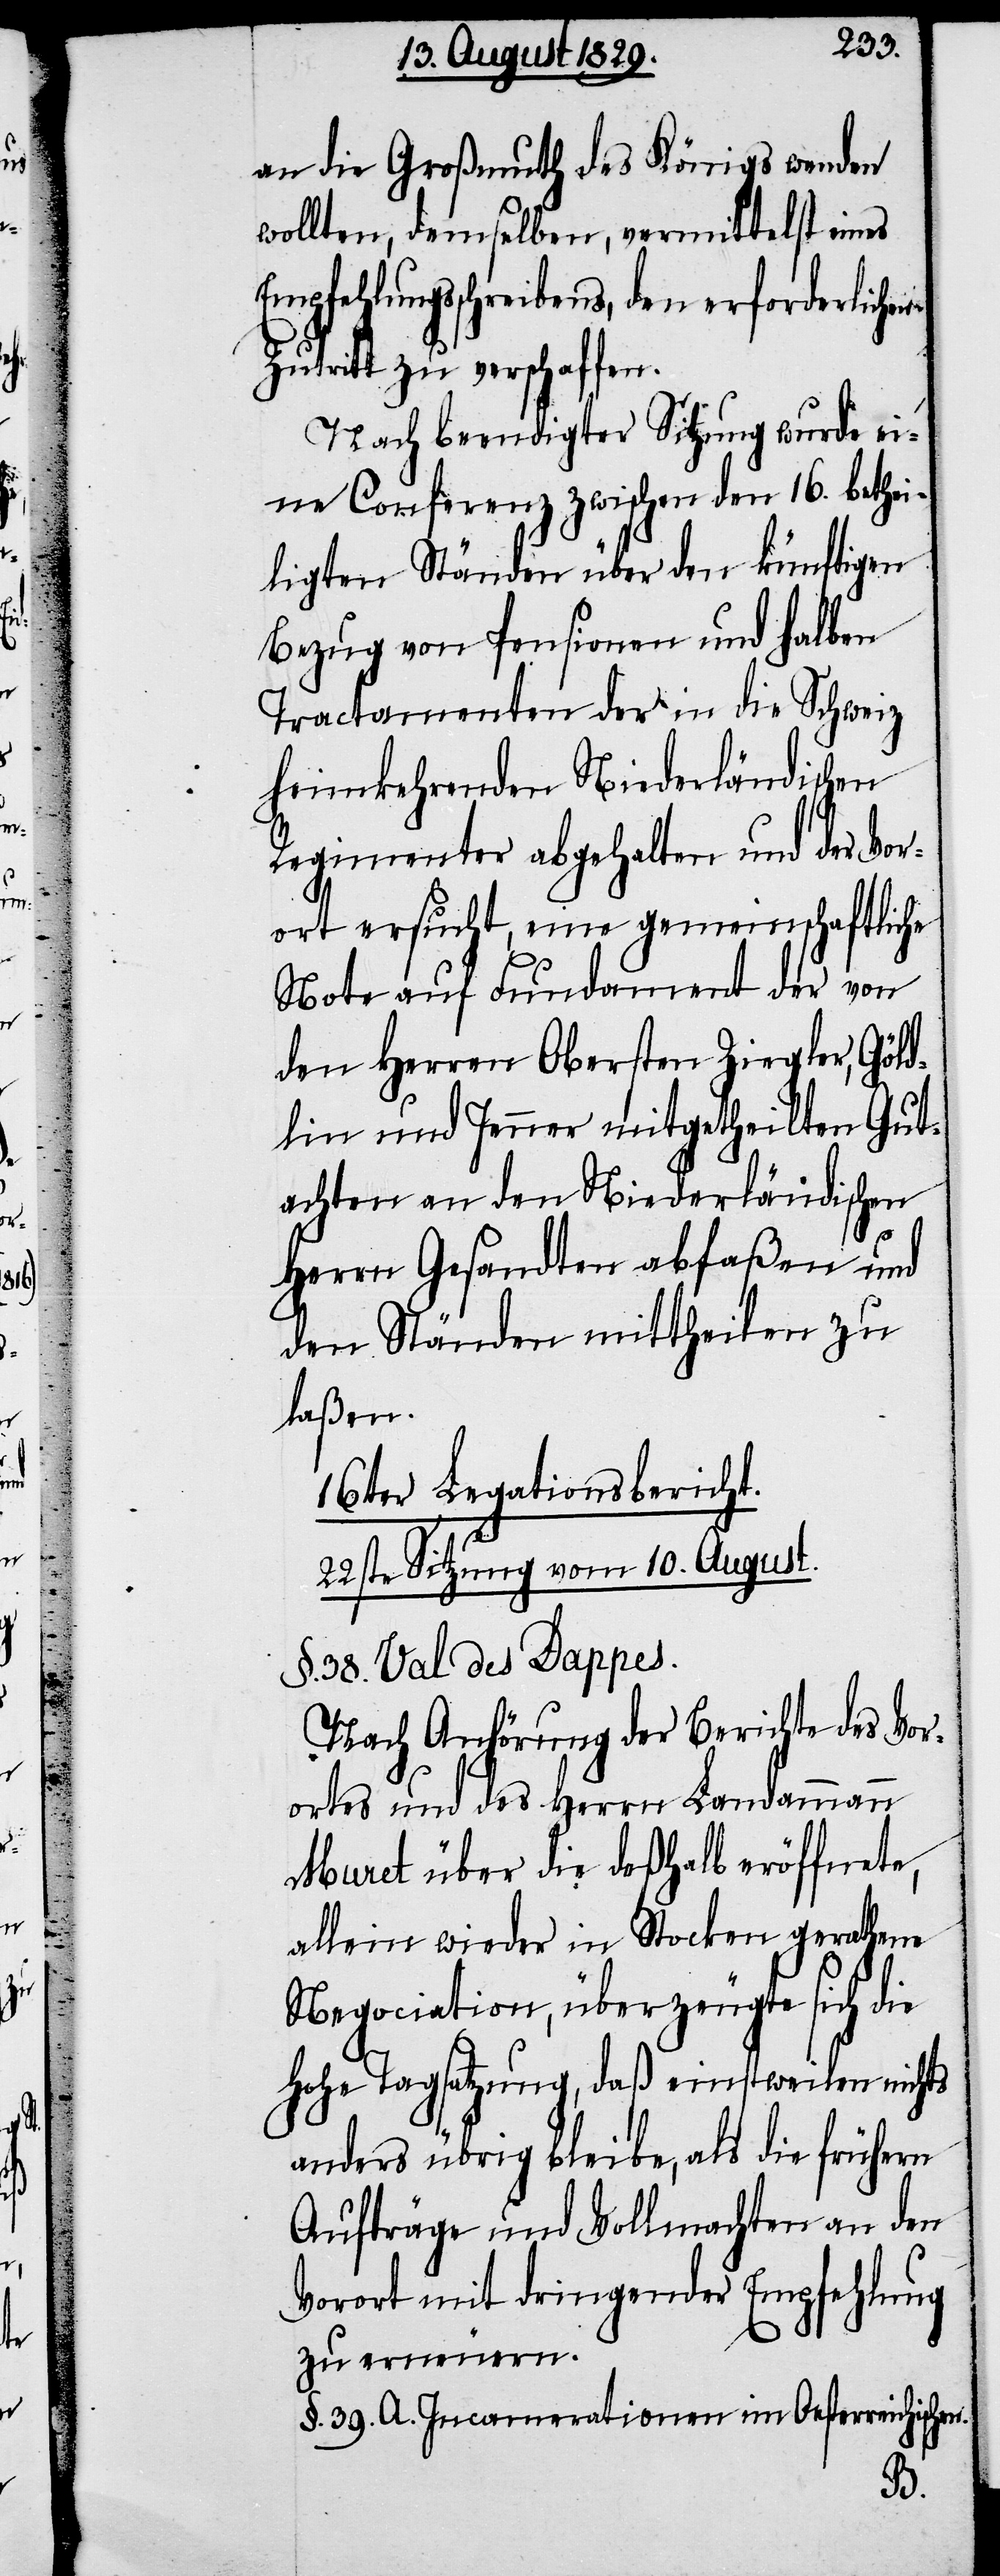
an die Großmuth des Königs wenden
wollten, demselben, vermittelst eines
Empfehlungsschreibens, den erforderlichen
Zutritt zu verschaffen.
Nach beendigter Sitzung wurde ei¬
ne Conferenz zwischen den 16. bethei¬
ligten Ständen über den künftigen
Bezug von Pensionen und halben
Tractamenten der in die Schweiz
heimkehrenden Niederländischen
Regimenter abgehalten und der Vor¬
ort ersucht, eine gemeinschaftliche
Note auf Fundament der von
den Herren Obersten Ziegler, Göld¬
lin und Jenner mitgetheilten Gut¬
achten an den Niederländischen
Herrn Gesandten abfaßen und
den Ständen mittheilen zu
lasen.
16ter Legationsbericht.
22ste Sitzung vom 10. August.
§. 38. Val des Dappes.
Nach Anhörung der Berichte des Vor¬
ortes und des Herrn Landammann
Muret über die deßhalb eröffnete,
allein wieder in Stocken gerathene
Negociation, überzeugte sich die
Hohe Tagsatzung, daß einstweilen nichts
anders übrig bleibe, als die frühern
Aufträge und Vollmachten an den
Vorort mit dringender Empfehlung
zu erneuern.
§. 39. A. Incamerationen im Oesterreichischen.